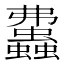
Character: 𧕒